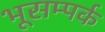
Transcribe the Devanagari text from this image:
भूसम्पर्क